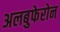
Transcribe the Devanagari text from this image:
अलबुफेरोन